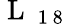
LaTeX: \mathrm{~L~}_{\mathrm{~1~8~}}